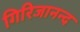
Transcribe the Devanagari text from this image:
गिरिजानन्द